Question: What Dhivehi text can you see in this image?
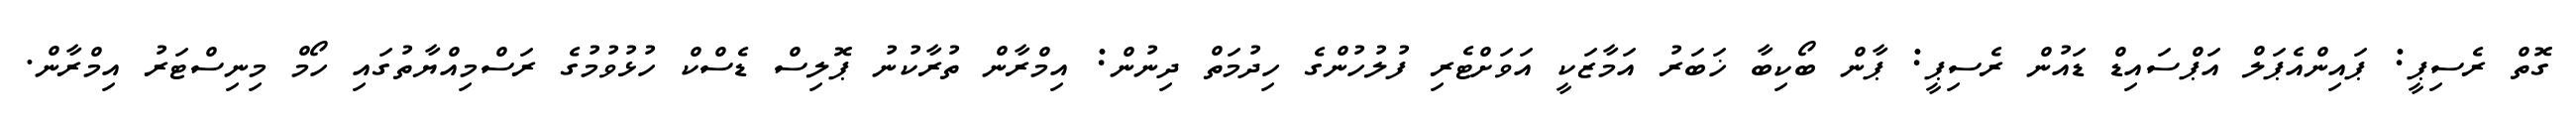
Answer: ގޮތް ރެސިޕީ: ޕައިންއެޕަލް އަޕްސައިޑް ޑައުން ރެސިޕީ: ޕާން ބޯކިބާ ޚަބަރު އަމާޒަކީ އަވަށްޓެރި ފުލުހުންގެ ހިދުމަތް ދިނުން: އިމްރާން ތުރާކުނު ޕޮލިސް ޑެސްކް ހުޅުވުމުގެ ރަސްމިއްޔާތުގައި ހޯމް މިނިސްޓަރު އިމްރާން.